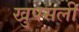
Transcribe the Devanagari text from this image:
खुपसली